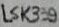
Text: LSK339